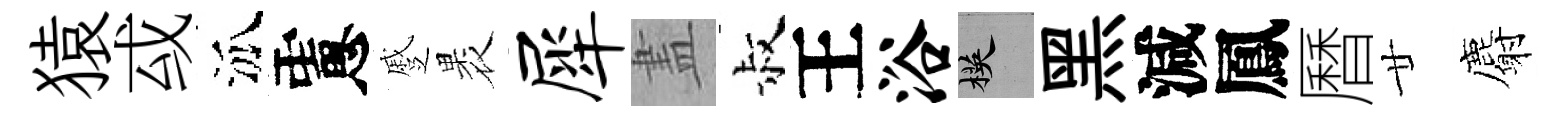
猿㦯泒慮蹙褁犀𥁞叔王浴楧黑減鳳曆廿麝